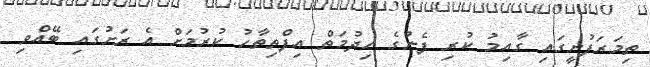
ތިމަރަފުށީގައި ގާއިމު ކުރި ފެނުގެ ހިދުމަތް އިފްތިތާހު ކުރުމަށް އެ ރަށުގައި ބޭއްވި